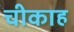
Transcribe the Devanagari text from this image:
चीकाह